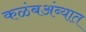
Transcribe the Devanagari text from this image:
कळंबअंब्यात